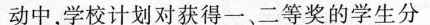
动中，学校计划对获得一、二等奖的学生分